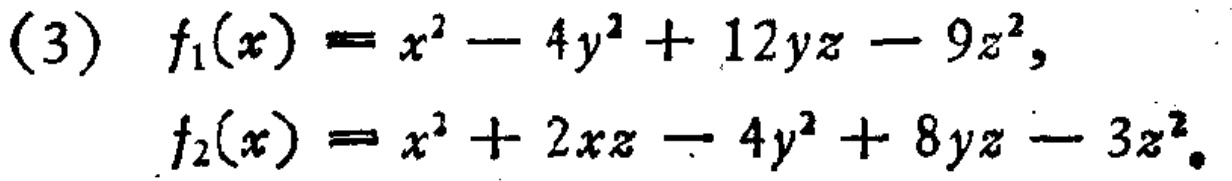
(3) \(f_1(x)=x^{2}-4y^{2}+12yz - 9z^{2}\),

\(f_2(x)=x^{2}+2xz-4y^{2}+8yz - 3z^{2}\)